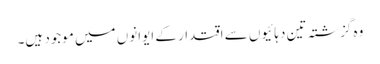
وہ گزشتہ تین دہائیوں سے اقتدار کے ایوانوں میں موجود ہیں۔